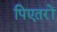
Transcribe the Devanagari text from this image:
पिएतरों